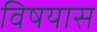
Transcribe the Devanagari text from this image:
विषयास